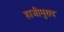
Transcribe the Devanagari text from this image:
हाजीमुराद